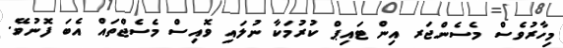
މިހާރުވެސް މެސެންޖަރ އިން ޓައިޕް ކުރުމަކާ ނުލައި ވޮއިސް މެސެޖްތައް އެބަ ފޮނުވޭ.